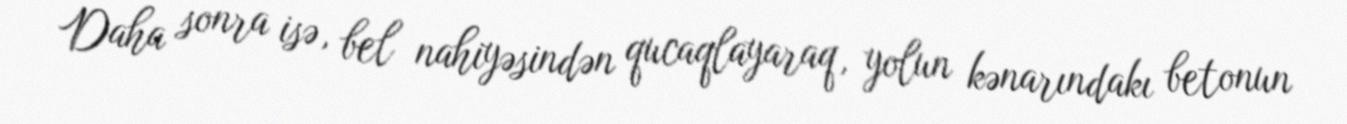
Daha sonra isə, bel nahiyəsindən qucaqlayaraq, yolun kənarındakı betonun